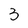
Character: 3